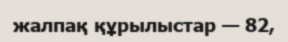
жалпақ құрылыстар — 82,